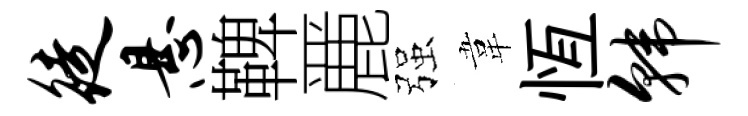
徒悬鞞䴡强韋恆韩